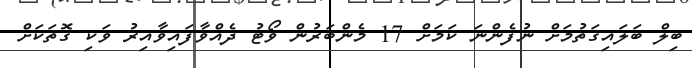
ބިލް ބަލައިގަތުމަށް ނުފެންނަ ކަމަށް 17 މެންބަރުން ވޯޓު ދެއްވާފައިވާއިރު ވަކި ގޮތަކަށް